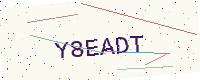
Text: Y8EADT